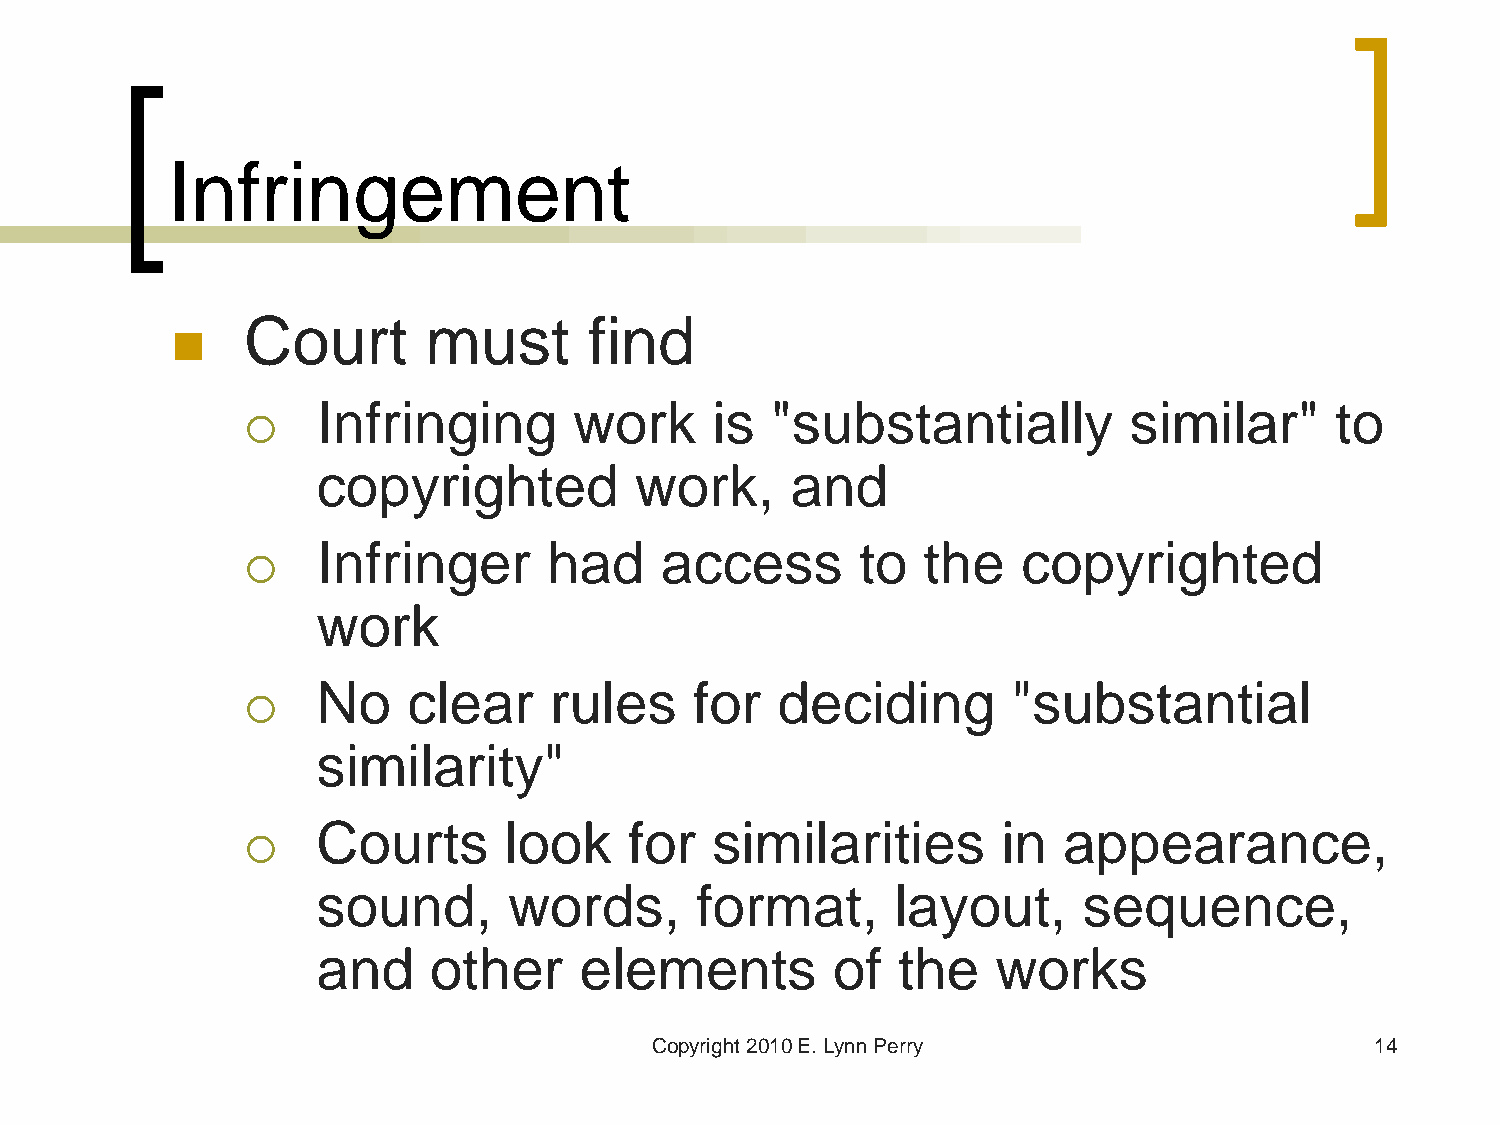
Infringement
 Court       must       find
 
 Infringing       work     is  "substantially          similar"     to
 
 copyrighted          work,     and
 Infringer      had     access       to  the    copyrighted
 
 work
 No    clear    rules     for  deciding        "substantial
 
 similarity"
 Courts      look     for  similarities       in  appearance,
 
 sound,       words,      format,      layout,      sequence,
 and    other     elements         of  the    works
 Copyright 2010 E. Lynn Perry                    14